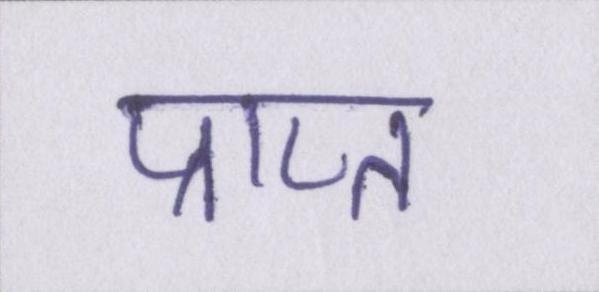
प्राप्त